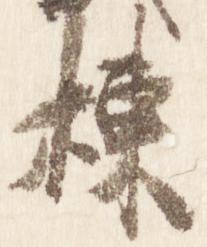
棟